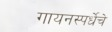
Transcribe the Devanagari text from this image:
गायनस्पर्धेचे